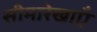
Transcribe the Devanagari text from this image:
सीमारेखाएँ